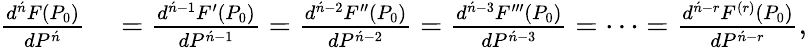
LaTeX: \begin{array}{rl}{{\frac{d^{\acute{n}}F(P_{0})}{dP^{\acute{n}}}}}&{{}={\frac{d^{{\acute{n}}-1}F^{\prime}(P_{0})}{dP^{{\acute{n}}-1}}}={\frac{d^{{\acute{n}}-2}F^{\prime\prime}(P_{0})}{dP^{{\acute{n}}-2}}}={\frac{d^{{\acute{n}}-3}F^{\prime\prime\prime}(P_{0})}{dP^{{\acute{n}}-3}}}=\cdots={\frac{d^{{\acute{n}}-r}F^{(r)}(P_{0})}{dP^{{\acute{n}}-r}}},}\end{array}